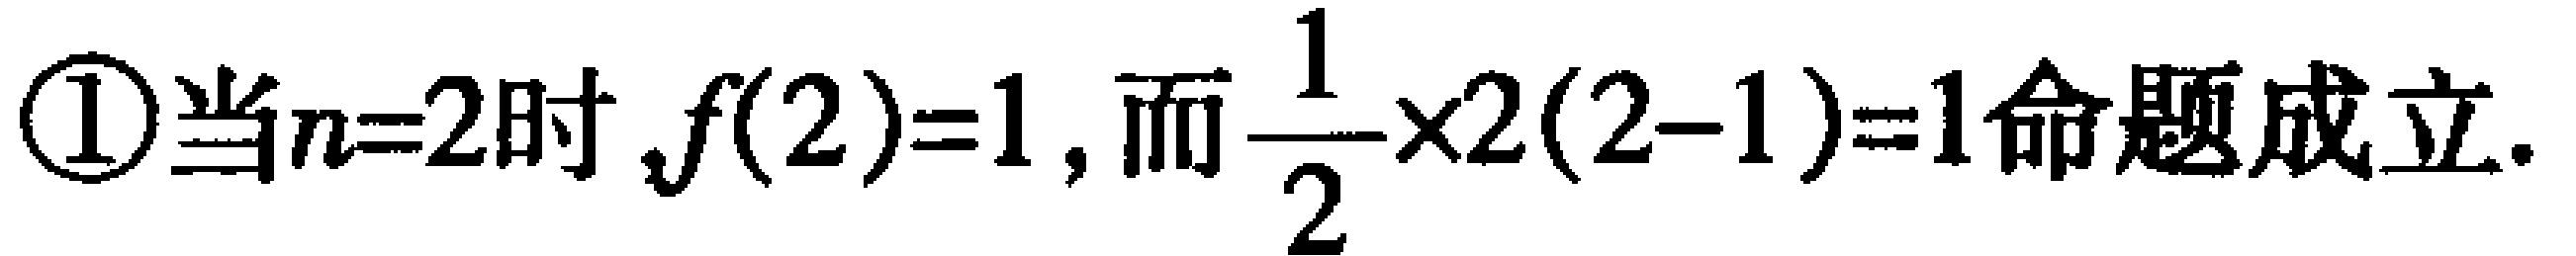
\textcircled{1}当\(n = 2\)时，\(f(2)=1\)，而\(\frac{1}{2}\times2(2 - 1)=1\)命题成立.